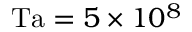
\mathrm { T a } = 5 \times 1 0 ^ { 8 }